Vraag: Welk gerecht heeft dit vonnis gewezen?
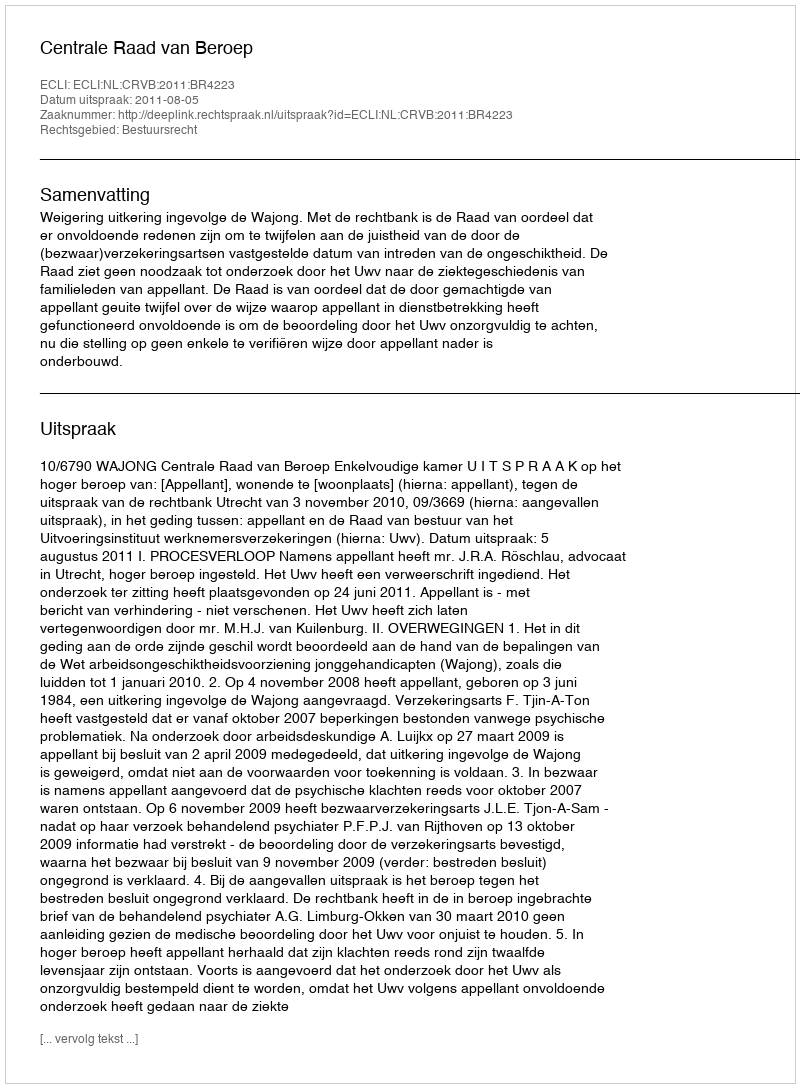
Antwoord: Centrale Raad van Beroep